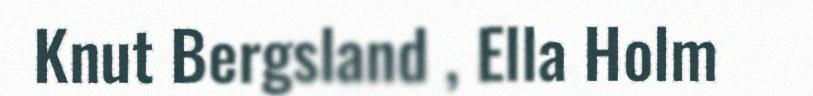
Knut Bergsland , Ella Holm